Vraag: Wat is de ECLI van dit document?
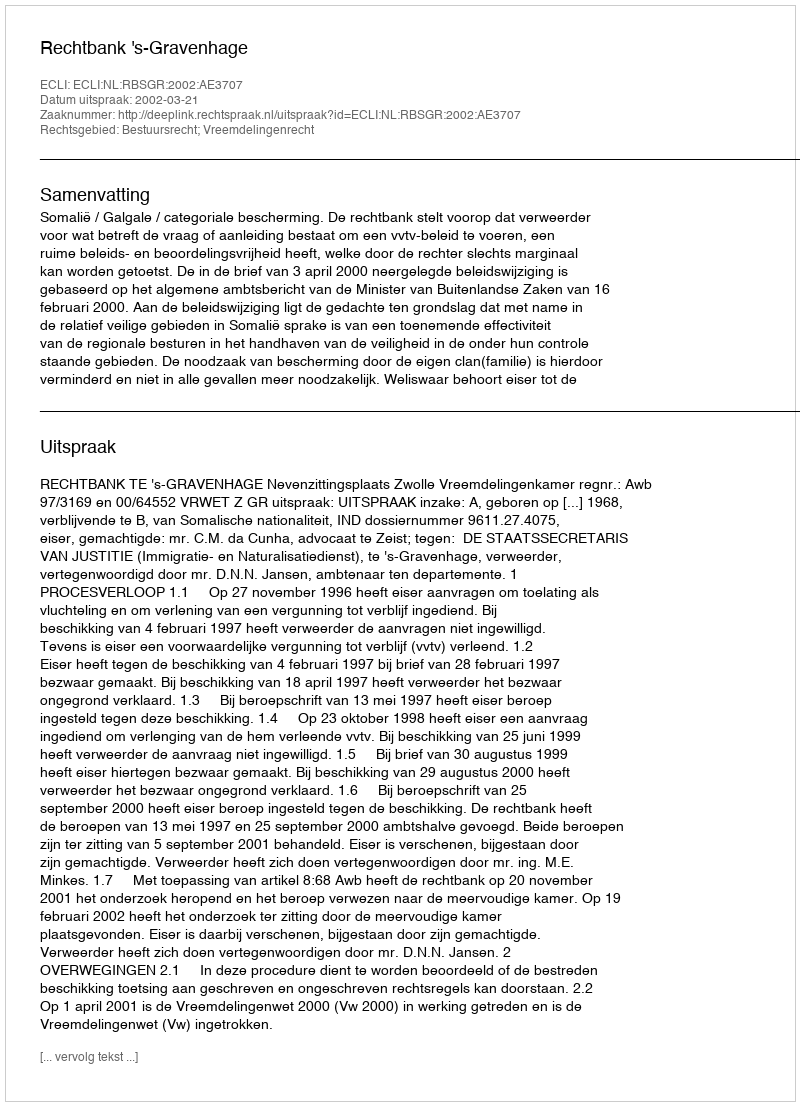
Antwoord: ECLI:NL:RBSGR:2002:AE3707